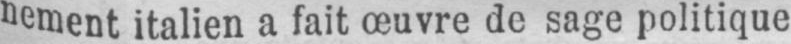
nement italien a fait œuvre de sage politique